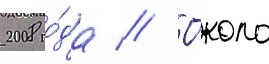
2008 го́да // О́коло